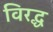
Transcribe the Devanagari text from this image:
विरद्ध